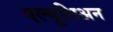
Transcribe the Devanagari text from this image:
एल्यूशिअन